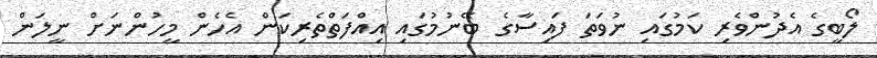
ލޯބީގެ އެދުންވެރި ކަމުގައި ނުވަތަ ފައިސާގެ ބޭނުމުގައި އިއްފަތްތެރިކަން އެެހެން މީހުންނަށް ނީލަން